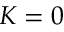
K = 0